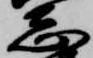
志